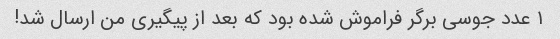
۱ عدد جوسی برگر فراموش شده بود که بعد از پیگیری من ارسال شد!